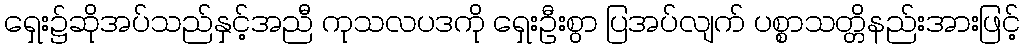
ရှေး၌ဆိုအပ်သည်နှင့်အညီ ကုသလပဒကို ရှေးဦးစွာ ပြအပ်လျက် ပစ္စာသတ္တိနည်းအားဖြင့်